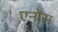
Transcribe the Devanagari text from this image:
एनोस